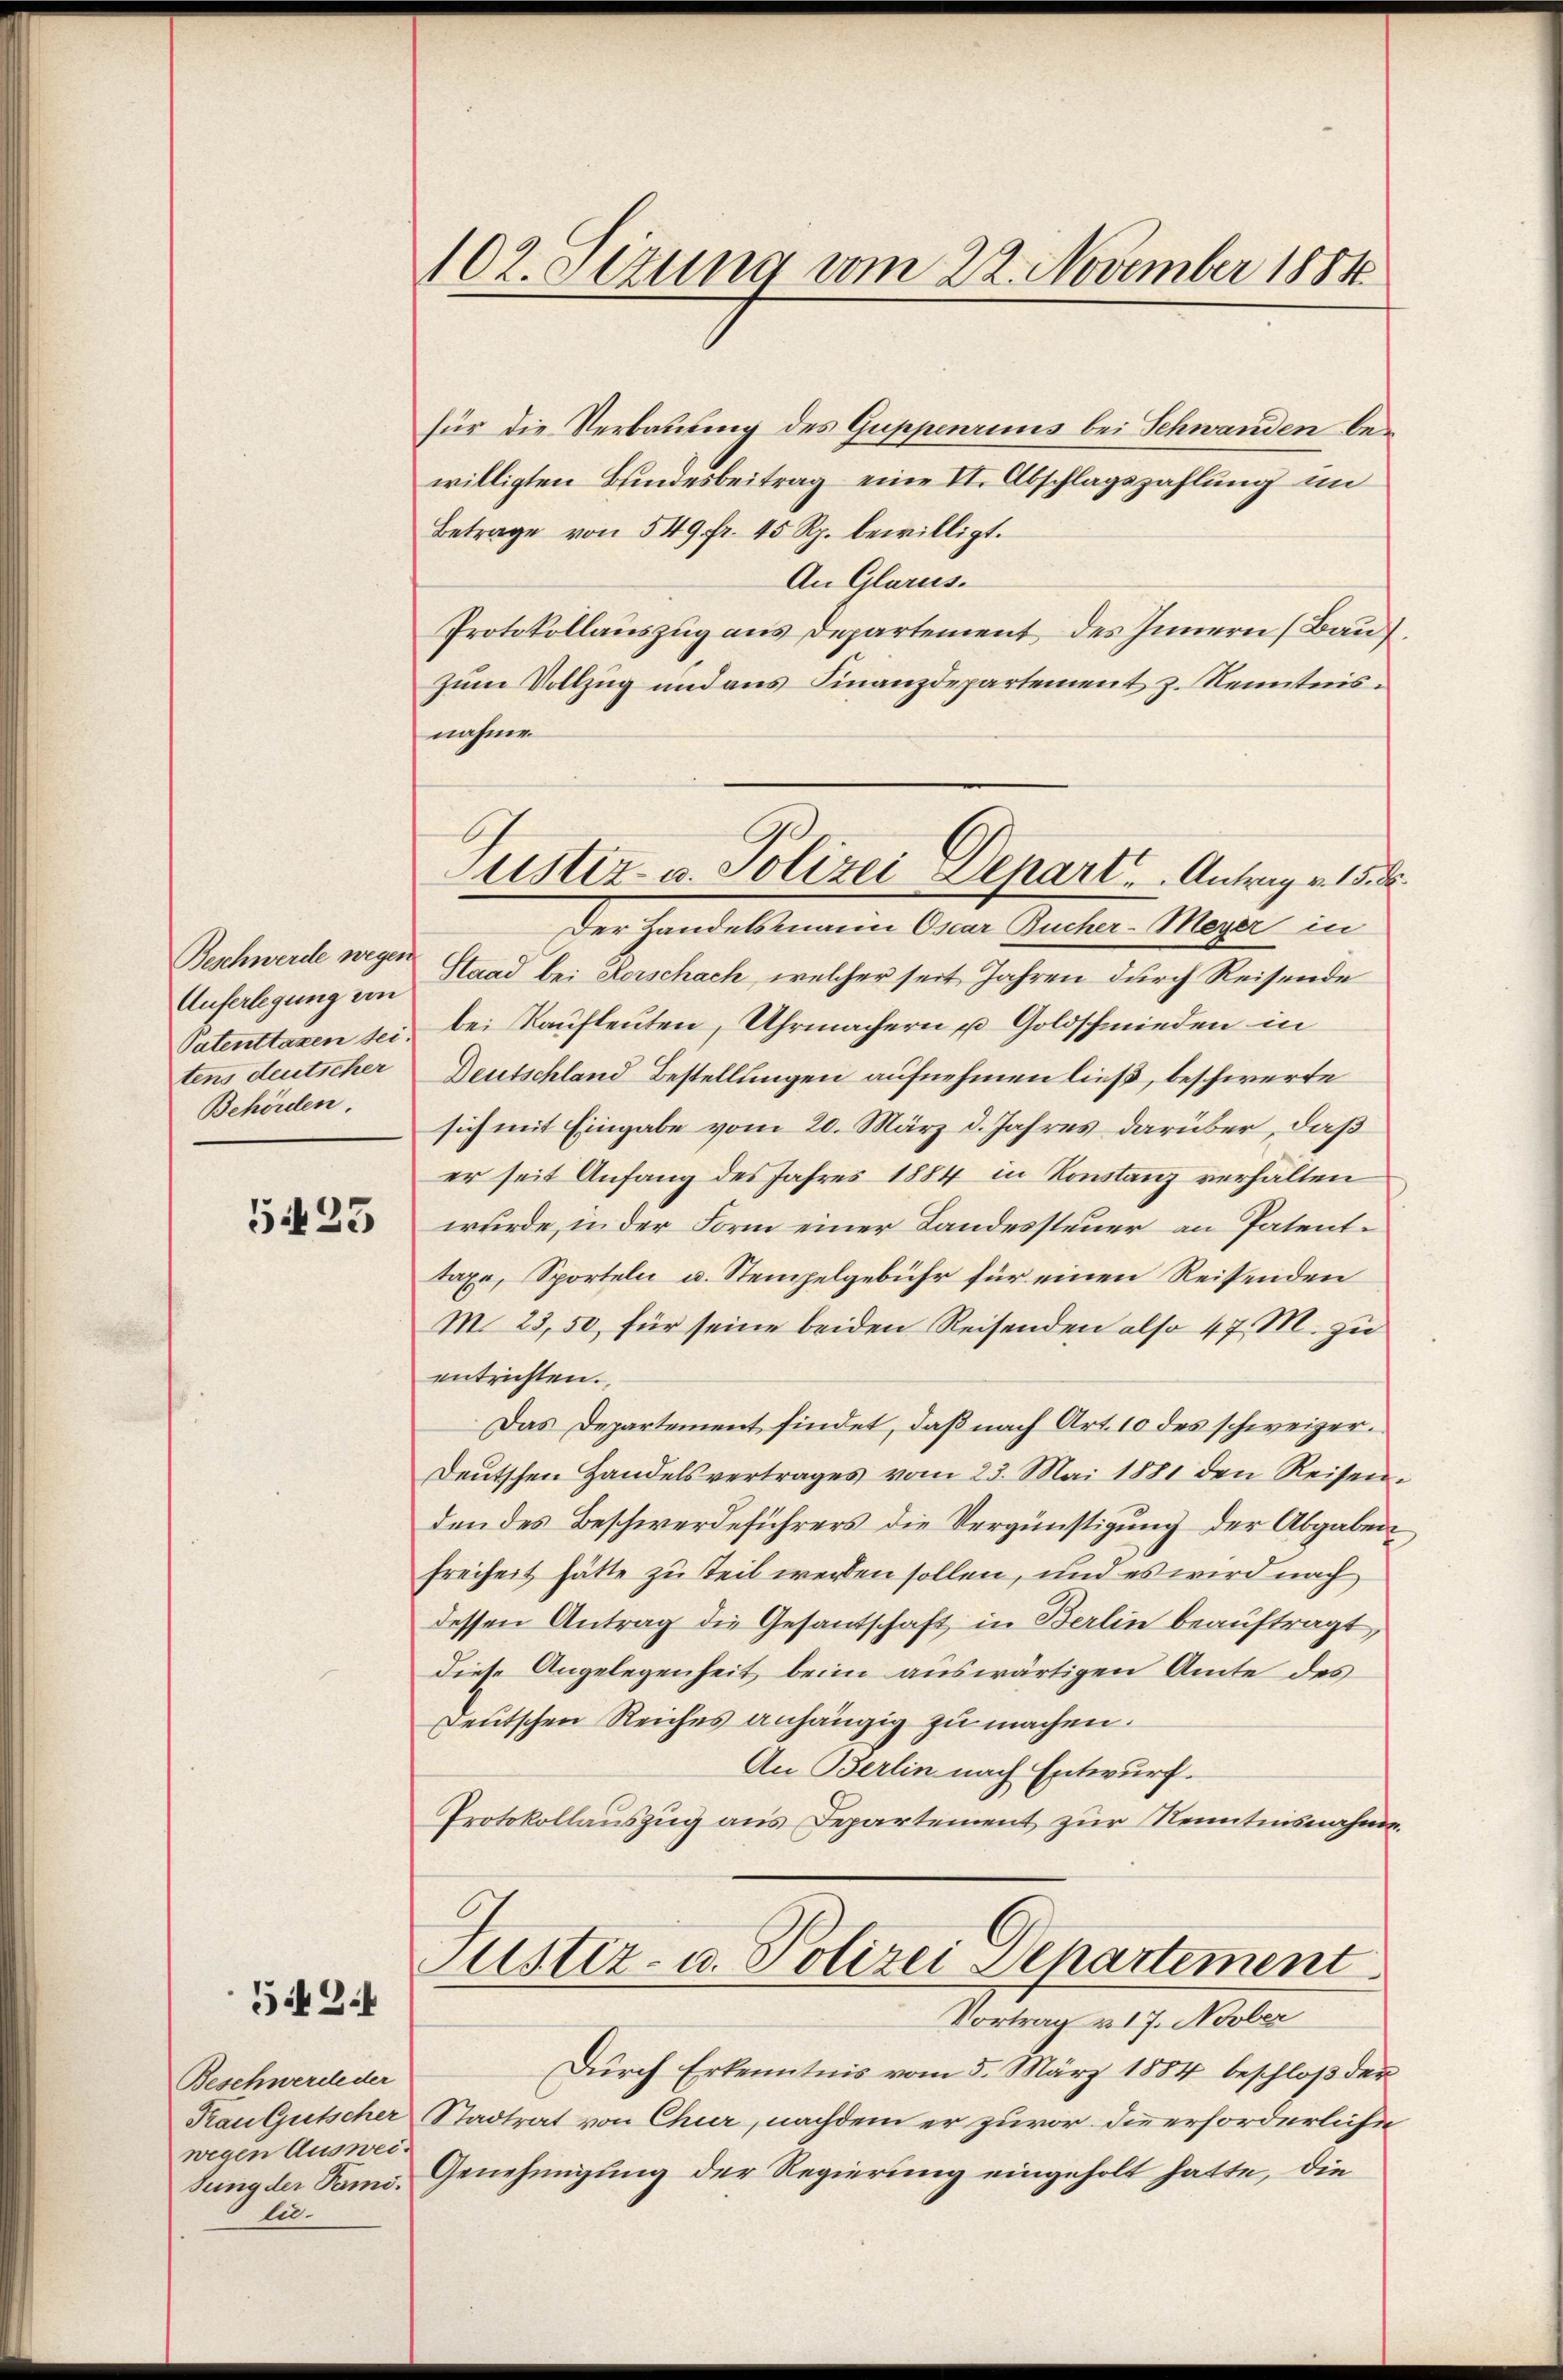
Beschwerde wegen
Auferlegung von
Patenttaxen sei.
tens deutscher
Behörden.

5423

524

Beschwerde der
Frau Gutscher
wegen Ausweisung der Familie¬

102. Sitzung vom 22. November 1884.

Justiz- u. Polizei Depart . . . . Antrag v. 15. d

Vortrag v. 17. Novber

für die Verbauung des Guppenrius bei Schwanden bewilligten Bundesbeitrag eine II. Abschlagszahlung im
Betrage von 549 fr. 45 Rp. bewilligt.
An Glarus.
Protokollauszug aus Departement des Innern (Bau,
zum Vollzug und ans Finanzdepartement z. Kenntnisnahme
Der Handelsmann Oscar Bucher-Meyer in
Staad bei Rorschach, welcher seit Jahren durch Reisende
be. Kaufleuten, Uhrmachern u. Goldschmieden in
Deutschland Bestellungen aufnehmen ließ, beschwerte
sich mit Eingabe vom 20. März d. Jahres darüber, daß
er seit Anfang des Jahres 1884 in Konstanz verhalten
wurde, in der Form einer Landessteuer an Patenttaxe, Sporteln u. Stempelgebühr für einen Reisenden
M. 23,50 für seine beiden Reisenden also 47. M. zu
entrichten.
Das Departement findet, daß nach Art. 10 des schweizer¬
Deutschen Handelsvertrages vom 23. Mai 1881 den Reisenden des Beschwerdeführers die Vergünstigung der Abgaben
Freiheit hätte zu teil werden sollen, und es wird nach
dessen Antrag die Gesantschaft in Berlin beauftragt,
diese Angelegenheit beim auswärtigen Amte des
Deutschen Reiches anhängig zu machen.
An Berlin nach Entwurf.
Protokollauszug aus Departement zur Kenntnisnahme.
Justiz- u. Polizei Separtement

Dŭrch Erkenntnis vom 5. März 1884 beschloß der
Stadtrat von Chur, nachdem er zuvor die erforderliche
Genehmigung der Regierung eingeholt hatte, die